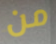
من